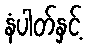
နံပါတ်နှင့်